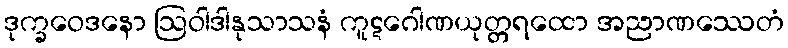
ဒုက္ခဝေဒနော ဩဝါဒါနုသာသနံ ကူဋဂေါဏယုတ္တရထော အညာဏဿေတံ